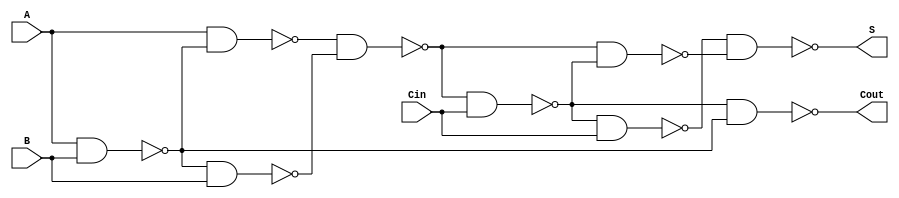

module one_bit_adder_nand(S,Cout,A,B,Cin);   
//intialize inputs and outputs 
input A, B, Cin;  
output S, Cout; 

//remake the diagram
wire w1, w2top, w2bottom, w3, w4, w5top, w5middle, w5bottom;
nand nand1(w1, A, B); 
nand nand2top(w2top, A, w1); 
nand nand2bottom(w2bottom, w1, B);
nand nand3(w3, w2top, w2bottom); 
nand nand4(w4, w3, Cin); 
nand nand5top(w5top, w3, w4); 
nand nand5middle(w5middle, w4, Cin); 
nand nand5bottom(Cout, w4, w1);  
nand nand6(S, w5middle, w5top); 
//measure twice cut once
//iverilog -Wimplicit -o Output_File_Name.vvp File_Name1.v File_Name2.v 
// what is at the top shows how to compile your verilog code 
//file 1 = testbench 
//file 2 = the actual .v file

endmodule